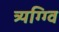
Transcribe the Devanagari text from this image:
त्र्यग्ग्वि